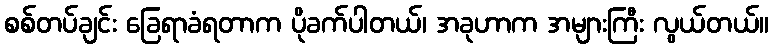
စစ်တပ်ချင်း ခြေရာခံရတာက ပိုခက်ပါတယ်၊ အခုဟာက အများကြီး လွယ်တယ်။